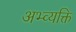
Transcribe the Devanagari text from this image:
अभ्व्यक्ति